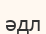
әдл